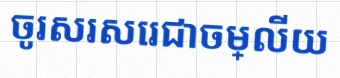
ចូរសរសេរជាចម្លើយ